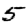
Digit: 5